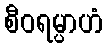
စီဝရမ္ပာဟံ